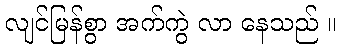
လျင်မြန်စွာ အက်ကွဲ လာ နေသည် ။